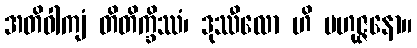
အတိဝါကျံ တိတိက္ခိဿံ၊ ဒုဿီလော ဟိ ဗဟုဇ္ဇနော။